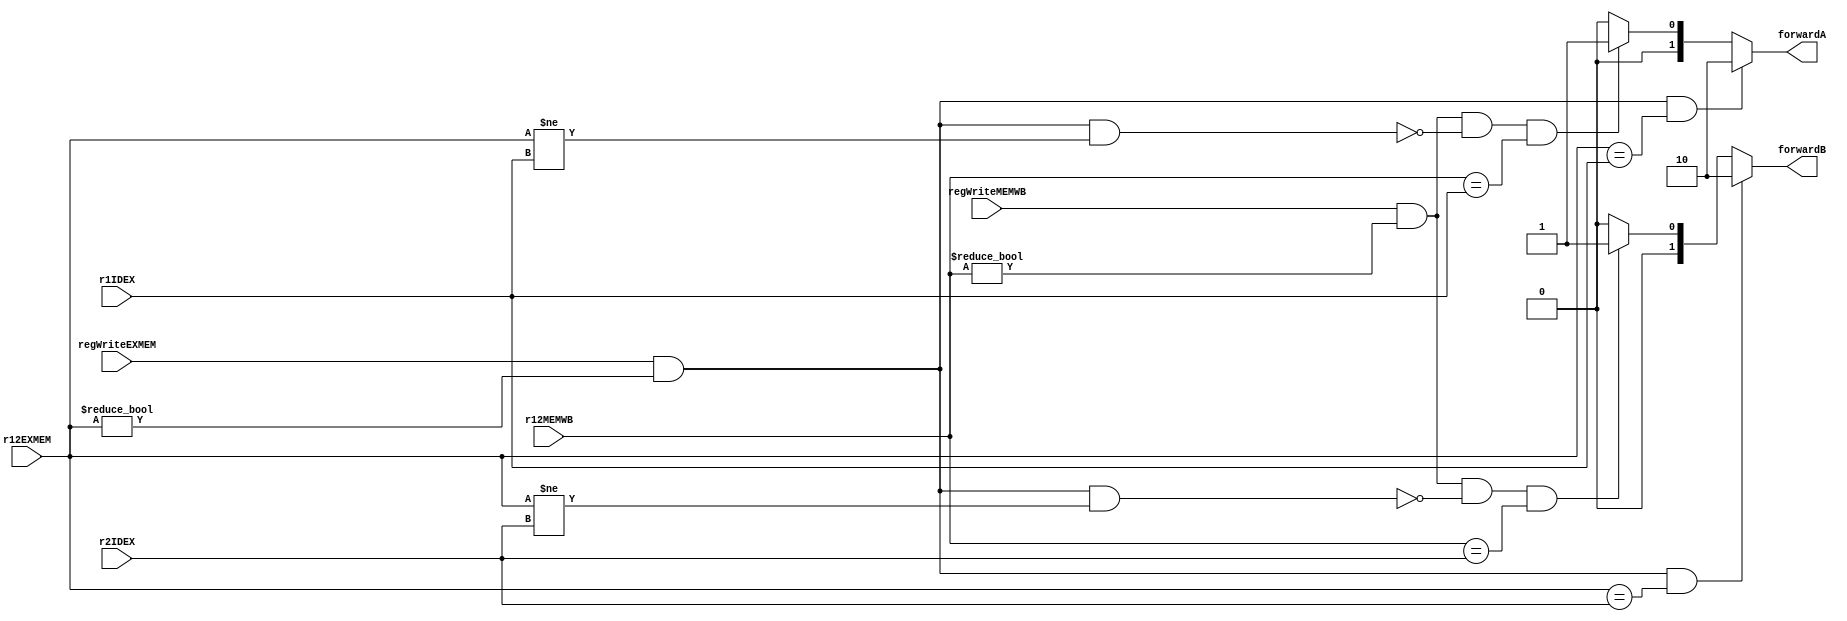
`timescale 1 ns / 1 ps
module forwardingUnit(//input [3:0] r1IDEX, r2IDEX, r1EXMEM, r2EXMEM, r1MEMWB, r2MEMWB,
                        input [3:0] r1IDEX, r2IDEX, r12EXMEM, r12MEMWB,
                        input regWriteEXMEM, regWriteMEMWB,
                        output reg [1:0] forwardA, forwardB);

always@(*)
begin
  //choose forward A
  //ex mem hazard
  if(regWriteEXMEM && (r12EXMEM != 0) && (r12EXMEM == r1IDEX))
      forwardA = 2'b10; 
  //mem hazard
  else if(regWriteMEMWB && (r12MEMWB != 0) && !(regWriteEXMEM && (r12EXMEM != 0) && (r12EXMEM != r1IDEX)) && (r12MEMWB == r1IDEX)) 
       forwardA = 2'b01;
  //no hazard
  else
      forwardA = 2'b00;
      
      //choose forward B
      //ex hazard
  if(regWriteEXMEM && (r12EXMEM != 0) && (r12EXMEM == r2IDEX))
      forwardB = 2'b10;
  //mem hazard
  else if(regWriteMEMWB && (r12MEMWB != 0) && !(regWriteEXMEM && (r12EXMEM != 0) && (r12EXMEM != r2IDEX)) && (r12MEMWB == r2IDEX))
       forwardB = 2'b01;
  //no hazard     
  else
      forwardB = 2'b00;

end
endmodule